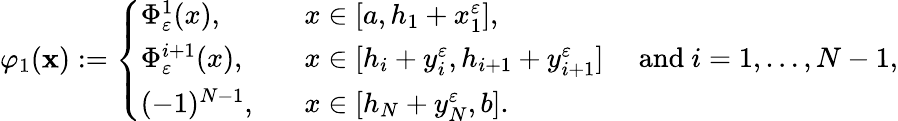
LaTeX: \varphi_{1}(\mathbf{x}):=\left\{ \begin{array}{ll}{\Phi_{\varepsilon}^{1}(x),\qquad}&{x\in[a,h_{1}+x_{1}^{\varepsilon}],}\\ {\Phi_{\varepsilon}^{i+1}(x),}&{x\in[h_{i}+y_{i}^{\varepsilon},h_{i+1}+y_{i+1}^{\varepsilon}]\quad\mathrm{~and~}i=1,\dots,N-1,}\\ {(-1)^{N-1},}&{x\in[h_{N}+y_{N}^{\varepsilon},b].}\end{array}\right.